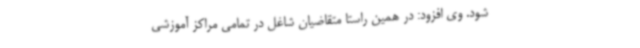
شود. وی افزود: در همین راستا متقاضیان شاغل در تمامی مراکز آموزشی